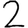
Digit: 2